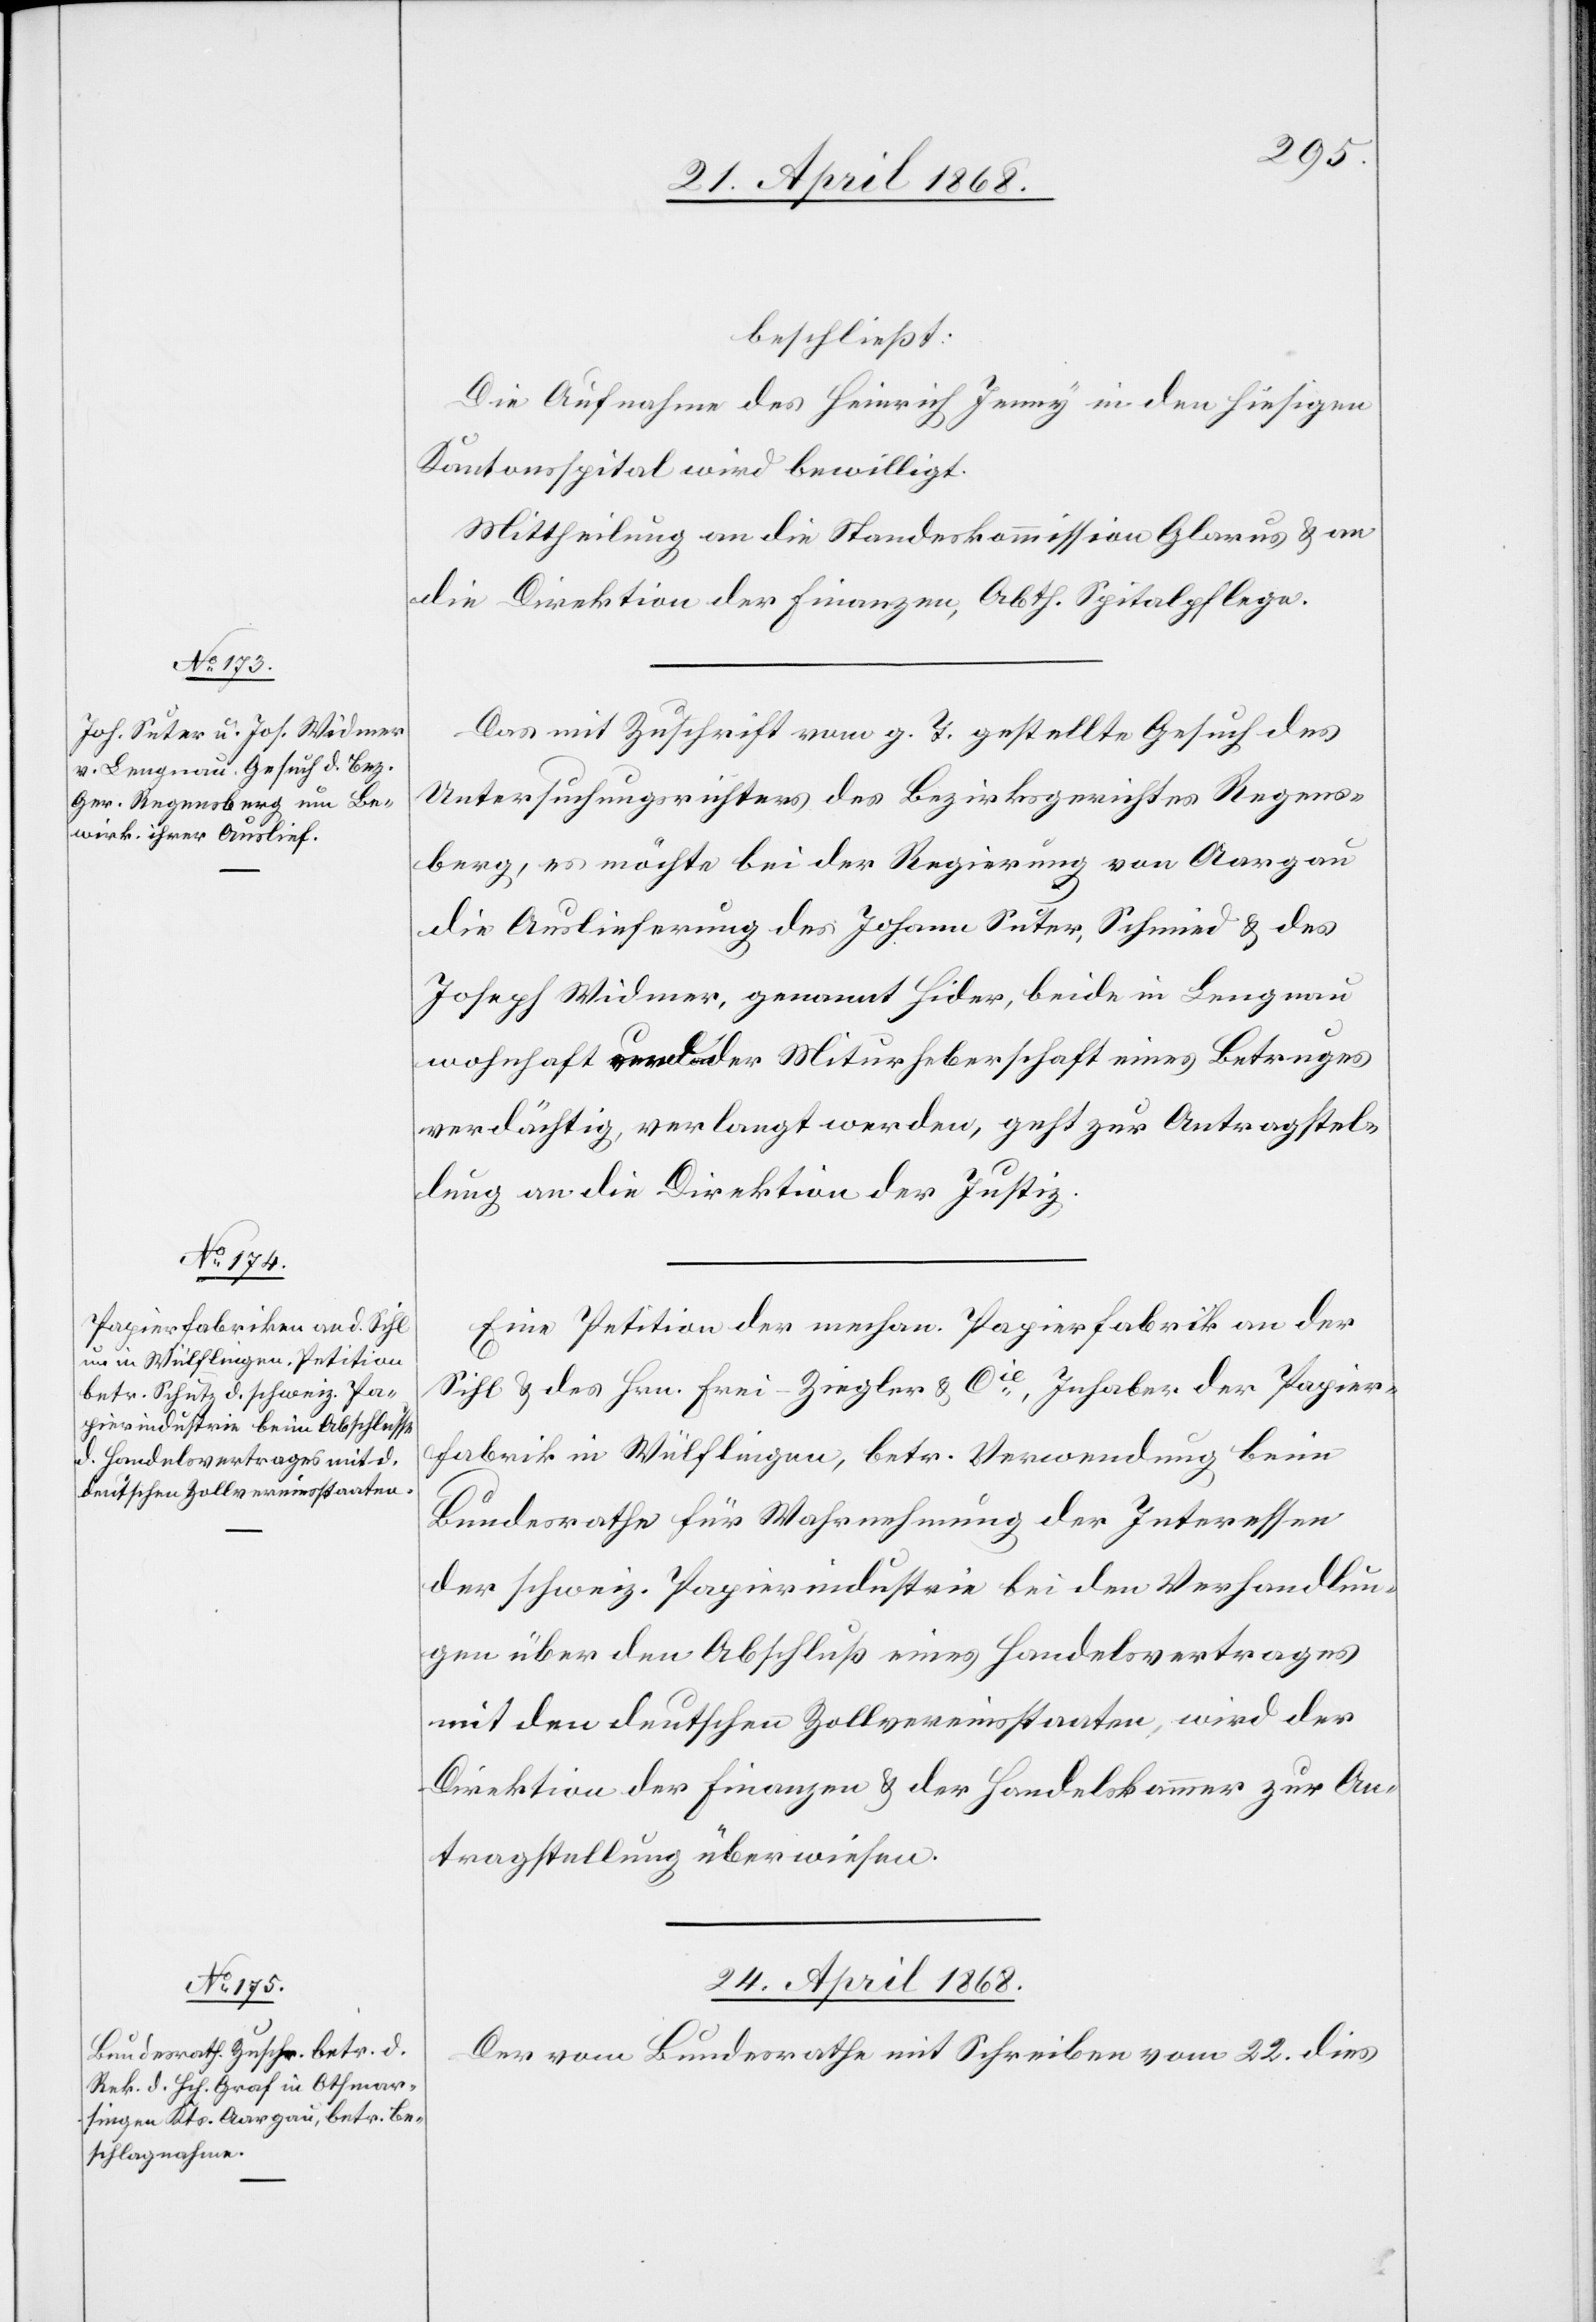
beschließt:
Die Aufnahme des Heinrich Jenny in den hiesigen
Kantonsspital wird bewilligt.
Mittheilung an die Standeskommission Glarus & an
die Direktion der Finanzen, Abth. Spitalpflege.
Das mit Zuschrift vom g. T. gestellte Gesuch des
Untersuchungsrichters des Bezirksgerichtes Regens¬
berg, es möchte bei der Regierung von Aargau
die Auslieferung des Johann Suter, Schmied & des
Joseph Widmer, genannt Hider, beide in Lengnau
wohnhaft und der Miturheberschaft eines Betruges
verdächtig, verlangt werden, geht zur Antragstel¬
lung an die Direktion der Justiz.
Eine Petition der mechan. Papierfabrik an der
Sihl & des Hrn. Frei-Ziegler & Cie., Inhaber der Papier¬
fabrik in Wülflingen, betr. Verwendung beim
Bundesrathe für Wahrnehmung der Interessen
der schweiz. Papierindustrie bei den Verhandlun¬
gen über den Abschluß eines Handelsvertrages
mit den deutschen Zollvereinsstaaten, wird der
Direktion der Finanzen & der Handelskammer zur An¬
tragstellung überwiesen.
24. April 1868.
Der vom Bundesrathe mit Schreiben vom 22. dies